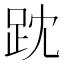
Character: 𧿒